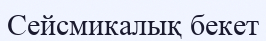
Сейсмикалық бекет